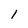
Character: 1